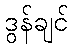
ဒွန်ချင်